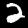
Label: 2